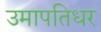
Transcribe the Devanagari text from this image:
उमापतिधर